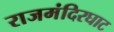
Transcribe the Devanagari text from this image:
राजमंदिरघाट